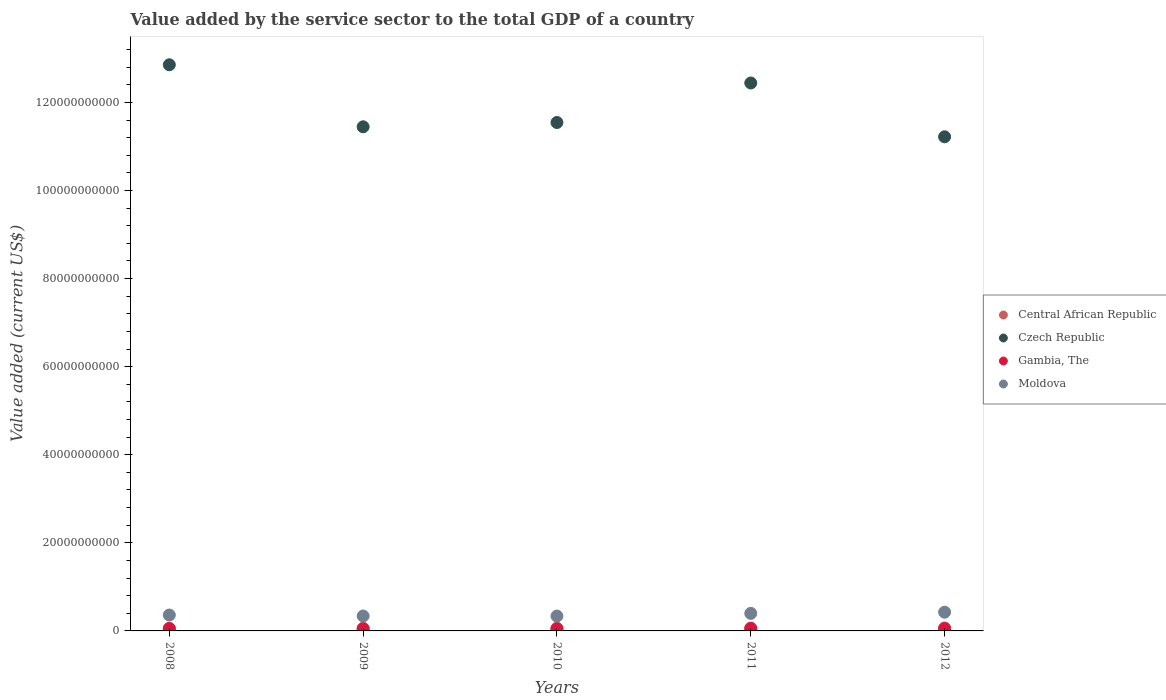
| Years | Central African Republic | Czech Republic | Gambia, The | Moldova |
 | --- | --- | --- | --- | --- |
 | 2008 | 5.79e+08 | 1.29e+11 | 5.37e+08 | 3.61e+09 |
 | 2009 | 5.87e+08 | 1.14e+11 | 4.95e+08 | 3.39e+09 |
 | 2010 | 5.9e+08 | 1.15e+11 | 5.06e+08 | 3.37e+09 |
 | 2011 | 6.57e+08 | 1.24e+11 | 5.28e+08 | 3.98e+09 |
 | 2012 | 6.59e+08 | 1.12e+11 | 5.3e+08 | 4.25e+09 |